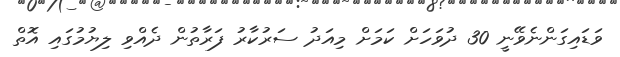
ވަޑައިގަންނެވޭނީ 30 ދުވަހަށް ކަމަށް މިއަދު ސަރުކާރު ފަރާތުން ދެއްވި ލިޔުމުގައި އޮތް